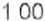
1.00